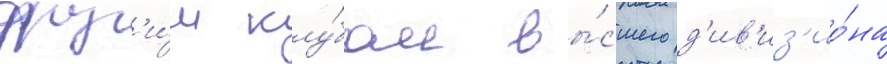
друг'и́м клу́бом вы́сшего д'ив'из'ио́на